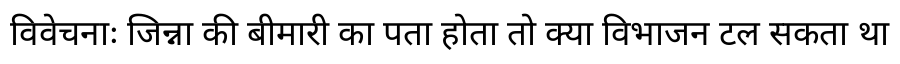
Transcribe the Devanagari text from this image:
विवेचनाः जिन्ना की बीमारी का पता होता तो क्या विभाजन टल सकता था